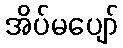
အိပ်မပျော်